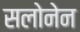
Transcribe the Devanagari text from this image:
सलोनेन